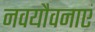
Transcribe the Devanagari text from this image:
नवयौवनाएं